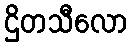
ဌိတသီလော